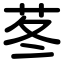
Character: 苳